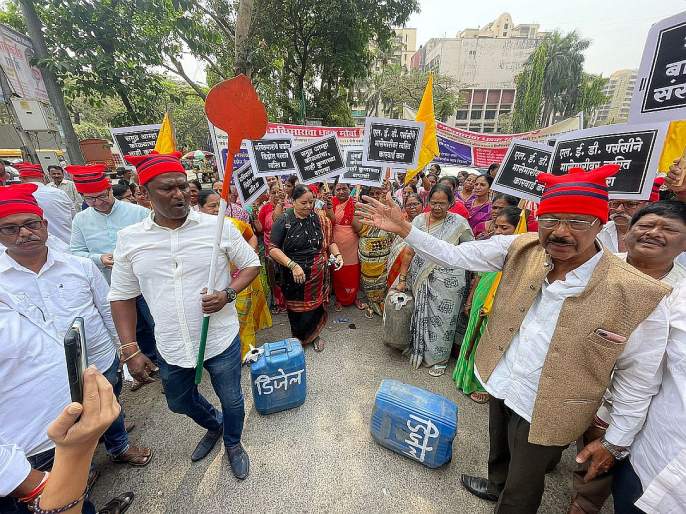
Language: marathi
Transcription: डिजेल पर्ससीने